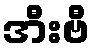
အီးဗီ